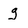
Character: g